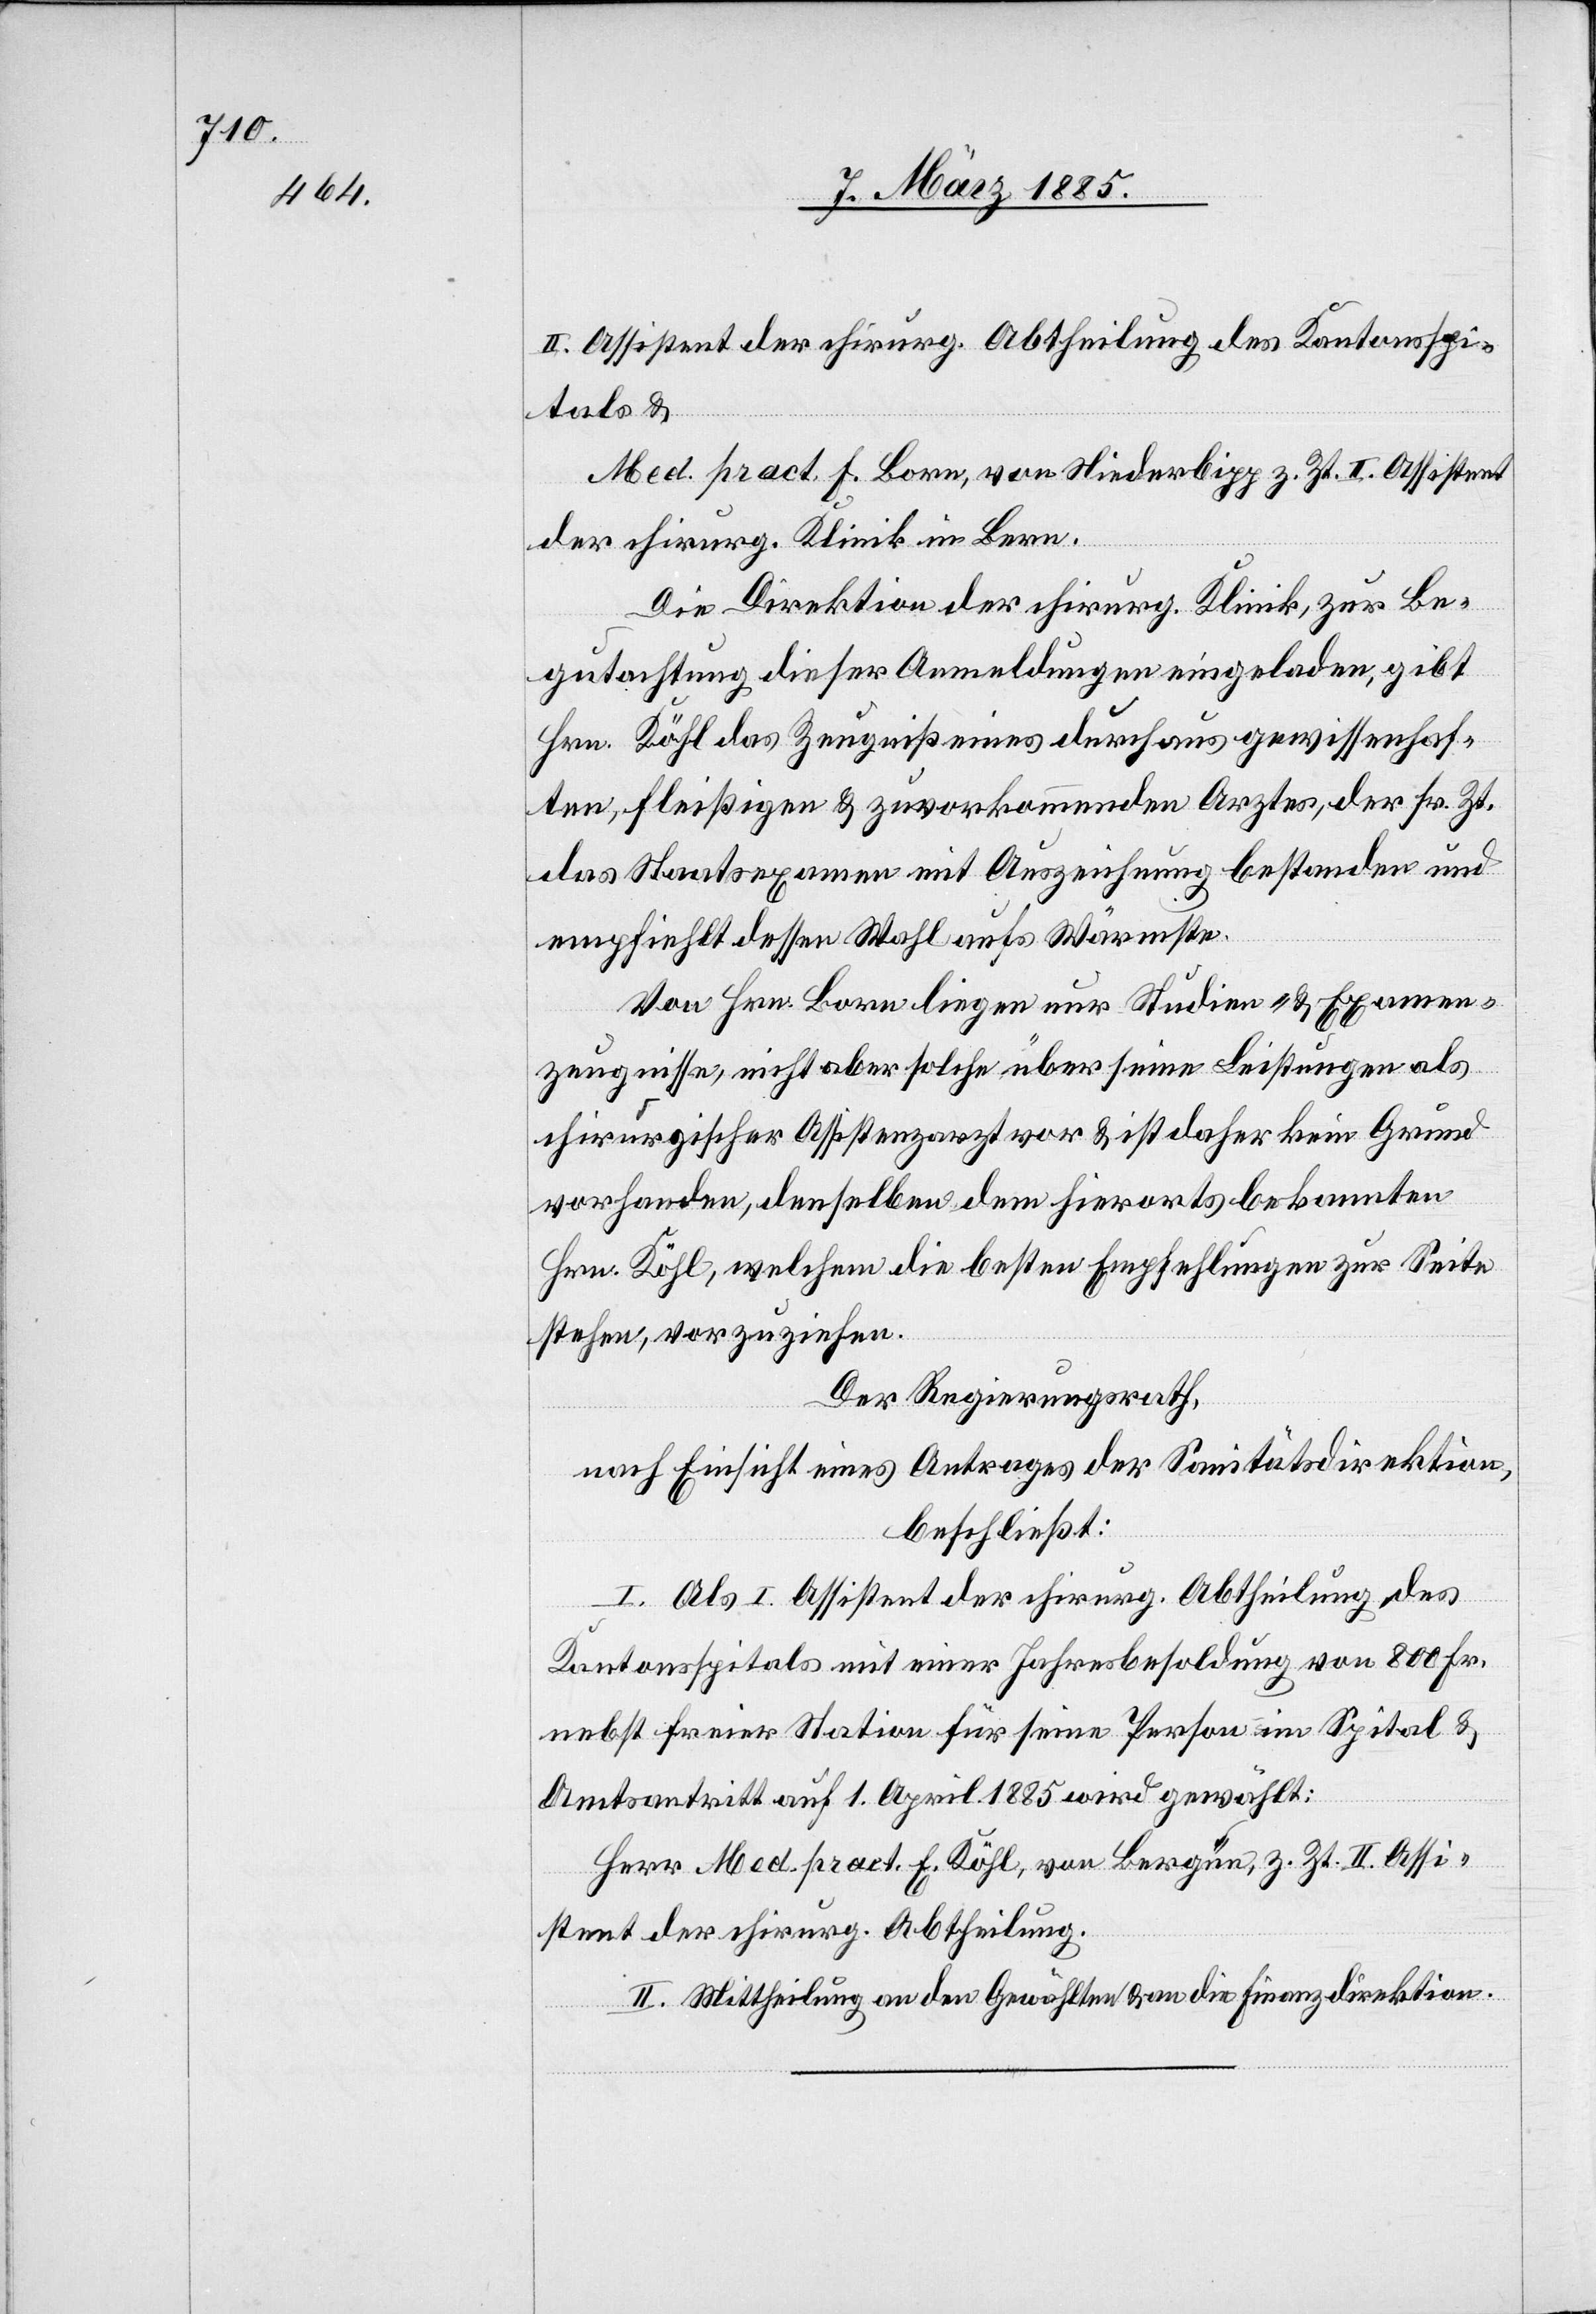
II. Assistent der chirurg. Abtheilung des Kantonsspi¬
tals &
Med. pract. F. Born, von Niederbipp z. Zt. II. Assistent
der chirurg. Klinik in Bern.
Die Direktion der chirurg. Klinik, zur Be¬
gutachtung dieser Anmeldungen eingeladen, gibt
Hrn. Köhl das Zeugniß eines durchaus gewissenhaf¬
ten, fleißigen & zuvorkommenden Arztes, der sr. Zt.
das Staatsexamen mit Auszeichnung bestanden und
empfiehlt dessen Wahl aufs Wärmste.
Von Hrn. Born liegen nur Studien- & Examen¬
zeugnisse, nicht aber solche über seine Leistungen als
chirurgischer Assistenzarzt vor & ist daher kein Grund
vorhanden, denselben dem hierorts bekannten
Hrn. Köhl, welchem die besten Empfehlungen zur Seite
stehen, vorzuziehen.
Der Regierungsrath,
nach Einsicht eines Antrages der Sanitätsdirektion,
beschließt:
I. Als I. Assistent der chirurg. Abtheilung des
Kantonsspitals mit einer Jahresbesoldung von 800 Fr.
nebst freier Station für seine Person im Spital &
Amtsantritt auf 1. April 1885 wird gewählt:
Herr Med. pract. E. Köhl, von Bergün, z. Zt. II. Assi¬
stent der chirurg. Abtheilung.
II. Mittheilung an den Gewählten & an die Finanzdirektion.